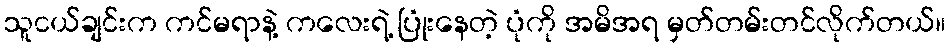
သူငယ်ချင်းက ကင်မရာနဲ့ ကလေးရဲ့ ပြုံးနေတဲ့ ပုံကို အမိအရ မှတ်တမ်းတင်လိုက်တယ်။